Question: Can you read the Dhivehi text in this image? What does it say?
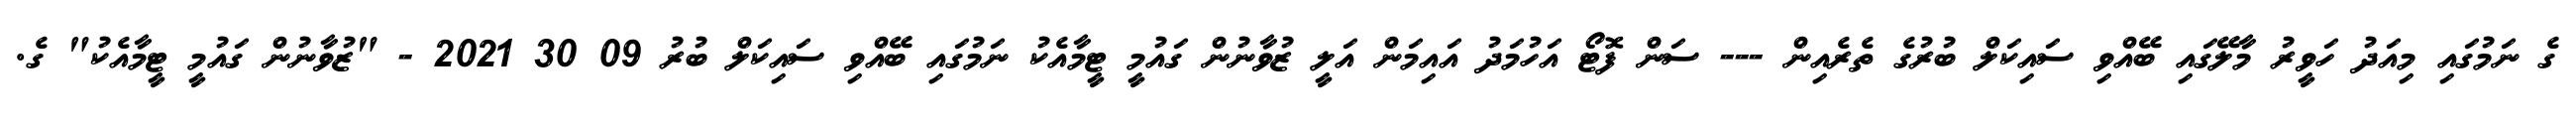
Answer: ގެ ނަމުގައި މިއަދު ހަވީރު މާލޭގައި ބޭއްވި ސައިކަލް ބުރުގެ ތެރެއިން --- ސަން ފޮޓޯ އަހުމަދު އައިމަން އަލީ ޒުވާނުން ގައުމީ ޓީމާއެކު ނަމުގައި ބޭއްވި ސައިކަލް ބުރު 09 30 2021 - "ޒުވާނުން ގައުމީ ޓީމާއެކު" ގެ.